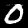
Digit: 0